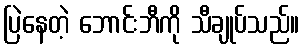
ပြဲနေတဲ့ ဘောင်းဘီကို သီချုပ်သည်။